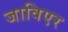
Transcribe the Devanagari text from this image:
जाविएर